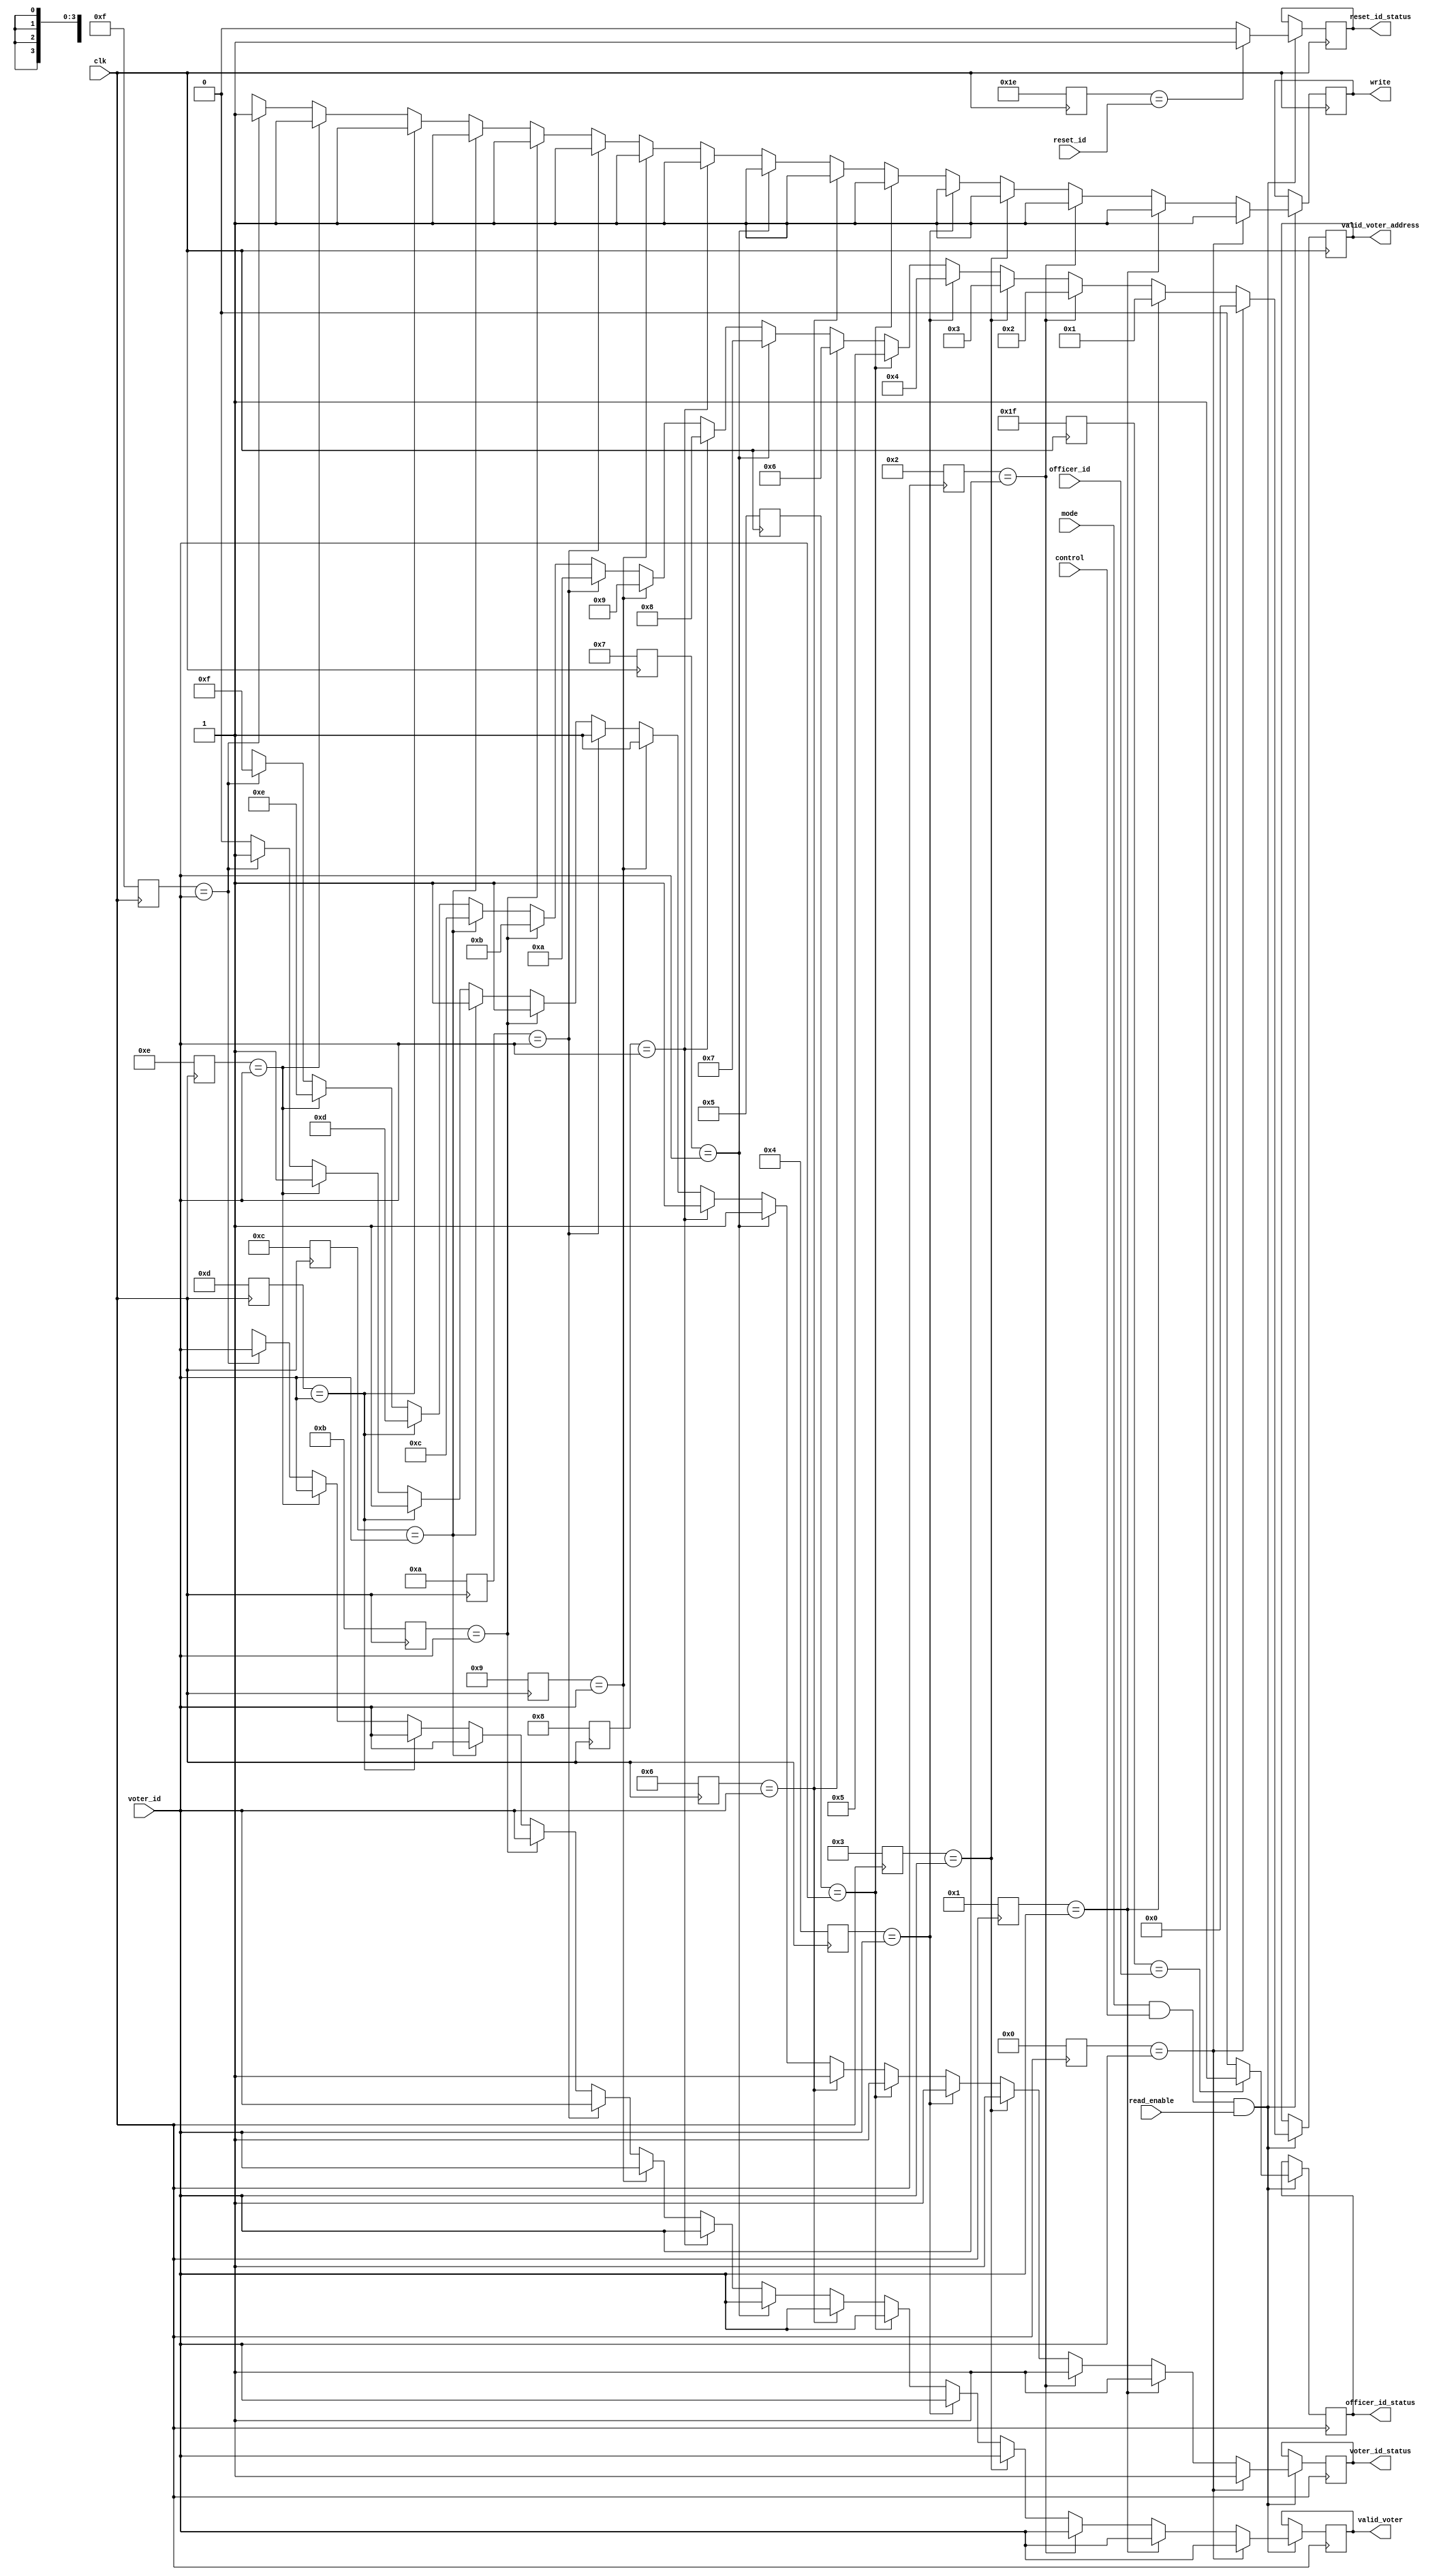
module DATABASE_ID_MODULE 
#(
parameter WORD_SIZE = 5,
          ADDRESS_SIZE = 4
)
(
input clk, 
input mode, 
input control, 
input read_enable, 
input [WORD_SIZE-1:0] officer_id, 
input [WORD_SIZE-1:0]voter_id, 
input [WORD_SIZE-1:0]reset_id, 
output reg voter_id_status, 
output reg reset_id_status, 
output reg officer_id_status, 
output reg write,
output reg [ADDRESS_SIZE-1:0] valid_voter_address,
output reg [WORD_SIZE-1:0] valid_voter  
//voter with valid id will be send to ram memory
);

reg [WORD_SIZE-1:0] mem_officer_id [1:0];
reg [WORD_SIZE-1:0] mem_voter_id [2**ADDRESS_SIZE-1:0];

//storing officer id and reset id 
always @(posedge clk)
begin
   mem_officer_id[0] = 5'b11111; //officer id
   mem_officer_id[1] = 5'b11110; // reset id
end

//storing voter id
always @(posedge clk)
begin
   mem_voter_id[0]  = 5'b00000;
   mem_voter_id[1]  = 5'b00001;
   mem_voter_id[2]  = 5'b00010;
   mem_voter_id[3]  = 5'b00011;
   mem_voter_id[4]  = 5'b00100;
   mem_voter_id[5]  = 5'b00101;
   mem_voter_id[6]  = 5'b00110;
   mem_voter_id[7]  = 5'b00111;
   mem_voter_id[8]  = 5'b01000;
   mem_voter_id[9]  = 5'b01001;
   mem_voter_id[10] = 5'b01010;
   mem_voter_id[11] = 5'b01011;
   mem_voter_id[12] = 5'b01100;
   mem_voter_id[13] = 5'b01101;
   mem_voter_id[14] = 5'b01110;
   mem_voter_id[15] = 5'b01111;
end

//Verifing officer and reset id
//always @(posedge clk or mode or control or officer_id or read_enable == 1'b1)
always @(posedge clk)
begin
   if ( mode==1'b1 && control == 1'b1 && read_enable)
   begin
      officer_id_status <= (mem_officer_id[0] == officer_id) ? 1'b1 : 1'b0;
      reset_id_status <= (mem_officer_id[1] == reset_id) ? 1'b1 : 1'b0;
   end
end

//verifing voter id and sending voter id and it address to ram to store it
//always@(posedge clk or mode or control or voter_id)
always@(posedge clk)
begin
	if ( mode == 1'b1 && control == 1'b1 && read_enable == 1'b1)
	begin
	        if(mem_voter_id[0] == voter_id)
		begin
		   voter_id_status <= 1'b1;
			valid_voter <= voter_id;
			valid_voter_address <= 0;
			write <= 1'b1;
		end
		else if(mem_voter_id[1] == voter_id)
		begin
			voter_id_status <= 1'b1;
			valid_voter <= voter_id;
			valid_voter_address <= 1;
			write <= 1'b1;
		end
		else if(mem_voter_id[2] == voter_id)
		begin
			voter_id_status <= 1'b1;
			valid_voter <= voter_id;
			valid_voter_address <= 2;
			write <= 1'b1;
		end
		else if(mem_voter_id[3] == voter_id)
		begin
			voter_id_status <= 1'b1;
			valid_voter <= voter_id;
			valid_voter_address <= 3;
			write <= 1'b1;
		end
		else if(mem_voter_id[4] == voter_id)
		begin
			voter_id_status <= 1'b1;
			valid_voter <= voter_id;
			valid_voter_address <= 4;
			write <= 1'b1;
		end
		else if(mem_voter_id[5] == voter_id)
		begin
			voter_id_status <= 1'b1;
			valid_voter <= voter_id;
			valid_voter_address <= 5;
			write <= 1'b1;
		end
		else if(mem_voter_id[6] == voter_id)
		begin
			voter_id_status <= 1'b1;
			valid_voter <= voter_id;
			valid_voter_address <= 6;
			write <= 1'b1;
		end
		else if(mem_voter_id[7] == voter_id)
		begin
			voter_id_status <= 1'b1;
			valid_voter <= voter_id;
			valid_voter_address <= 7;
			write <= 1'b1;
		end
		else if(mem_voter_id[8] == voter_id)
		begin
		   voter_id_status <= 1'b1;
			valid_voter <= voter_id;
			valid_voter_address <= 8;
			write <= 1'b1;
		end
		else if(mem_voter_id[9] == voter_id)
		begin
			voter_id_status <= 1'b1;
			valid_voter <= voter_id;
			valid_voter_address <= 9;
			write <= 1'b1;
		end
		else if(mem_voter_id[10] == voter_id)
		begin
			voter_id_status <= 1'b1;
			valid_voter <= voter_id;
			valid_voter_address <= 10;
			write <= 1'b1;
		end
		else if(mem_voter_id[11] == voter_id)
		begin
			voter_id_status <= 1'b1;
			valid_voter <= voter_id;
			valid_voter_address <= 11;
			write <= 1'b1;
		end
		else if(mem_voter_id[12] == voter_id)
		begin
			voter_id_status <= 1'b1;
			valid_voter <= voter_id;
			valid_voter_address <= 12;
			write <= 1'b1;
		end
		else if(mem_voter_id[13] == voter_id)
		begin
			voter_id_status <= 1'b1;
			valid_voter <= voter_id;
			valid_voter_address <= 13;
			write <= 1'b1;
		end
		else if(mem_voter_id[14] == voter_id)
		begin
			voter_id_status <= 1'b1;
			valid_voter <= voter_id;
			valid_voter_address <= 14;
			write <= 1'b1;
		end
		else if(mem_voter_id[15] == voter_id)
		begin
			voter_id_status <= 1'b1;
			valid_voter <= voter_id;
			valid_voter_address <= 15;
			write <= 1'b1;	
		end
		else
		begin
			voter_id_status <= 1'b0;
			valid_voter <= 5'bx;
			valid_voter_address <= 4'bx;
			write <= 1'bx;
		end
	end
end

endmodule